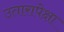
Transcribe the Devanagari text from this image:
उतारापेक्षा